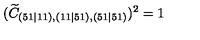
( \widetilde { C } _ { ( 5 1 \mid 1 1 ) , ( 1 1 \mid 5 1 ) , ( 5 1 \mid 5 1 ) } ) ^ { 2 } = 1